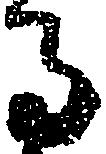
馬